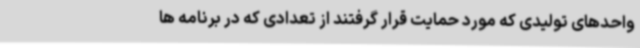
واحدهای تولیدی که مورد حمایت قرار گرفتند از تعدادی که در برنامه ها